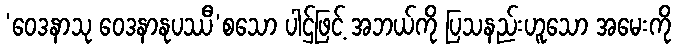
‘ဝေဒနာသု ဝေဒနာနုပဿီ’စသော ပါဌ်ဖြင့် အဘယ်ကို ပြသနည်းဟူသော အမေးကို